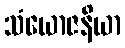
သံယောဇနိယာ